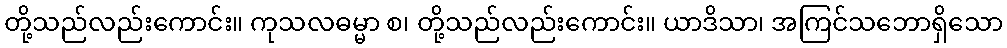
တို့သည်လည်းကောင်း။ ကုသလဓမ္မာ စ၊ တို့သည်လည်းကောင်း။ ယာဒိသာ၊ အကြင်သဘောရှိသော